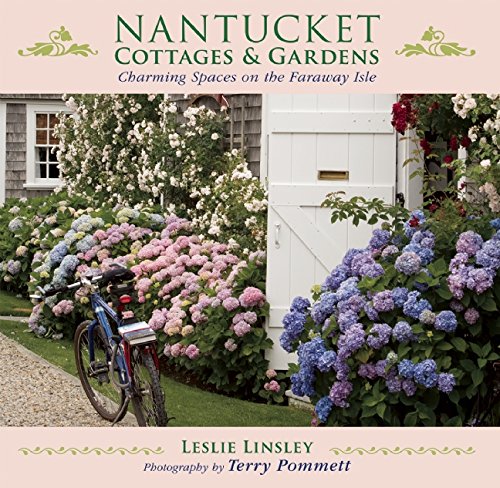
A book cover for Nantucket Cottages and Gardens: Charming Spaces on the Faraway Isle; Leslie Linsley; Crafts, Hobbies & Home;